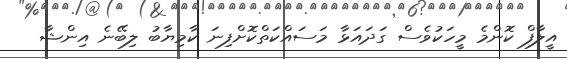
އީލާފް ކޮންމެ މީހަކުވެސް ގަދައަޅާ މަސައްކަތްކޮށްފިނަ ކާމިޔާބު ލިބޭނެ އިންޝާ